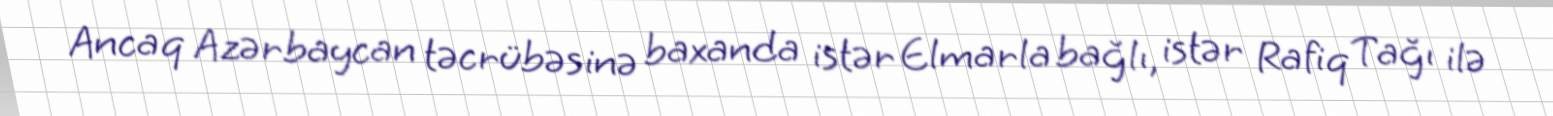
Ancaq Azərbaycan təcrübəsinə baxanda istər Elmarla bağlı, istər Rafiq Tağı ilə